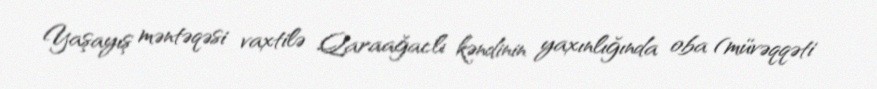
Yaşayış məntəqəsi vaxtilə Qaraağaclı kəndinin yaxınlığında oba (müvəqqəti